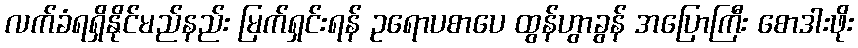
လက်ခံရရှိနိုင်မည်နည်း မြက်ရှင်းရန် ဥရောပစာပေ ထွန်ဟွာခွန် အပြောကြီး စောဒါးဖိုး